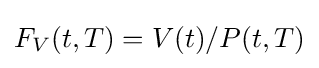
F_{V}(t,T)=V(t)/P(t,T)